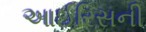
આઈરિસની